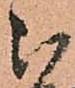
被